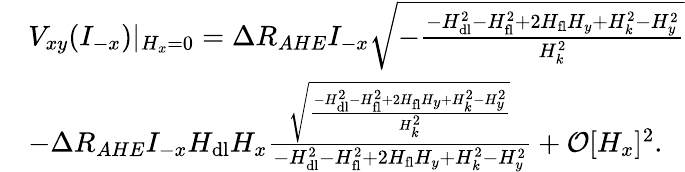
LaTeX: \begin{array}{rl}&{V_{xy}(I_{-x})\lvert{_{H_{x}=0}}=\Delta R_{AHE}I_{-x}\sqrt{-\frac{-H_{\mathrm{dl}}^{2}-H_{\mathrm{fl}}^{2}+2H_{\mathrm{fl}}H_{y}+H_{k}^{2}-H_{y}^{2}}{H_{k}^{2}}}}\\ &{-\Delta R_{AHE}I_{-x}H_{\mathrm{dl}}H_{x}\frac{\sqrt{\frac{-H_{\mathrm{dl}}^{2}-H_{\mathrm{fl}}^{2}+2H_{\mathrm{fl}}H_{y}+H_{k}^{2}-H_{y}^{2}}{H_{k}^{2}}}}{-H_{\mathrm{dl}}^{2}-H_{\mathrm{fl}}^{2}+2H_{\mathrm{fl}}H_{y}+H_{k}^{2}-H_{y}^{2}}+\mathcal{O}[H_{x}]^{2}.}\end{array}